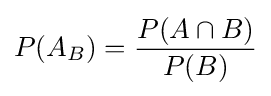
P(A_{B})={\frac {P(A\cap B)}{P(B)}}